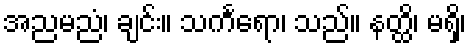
အညမညံ၊ ချင်း။ သင်္ကရော၊ သည်။ နတ္ထိ၊ မရှိ၊